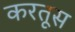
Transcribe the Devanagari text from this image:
करतूस